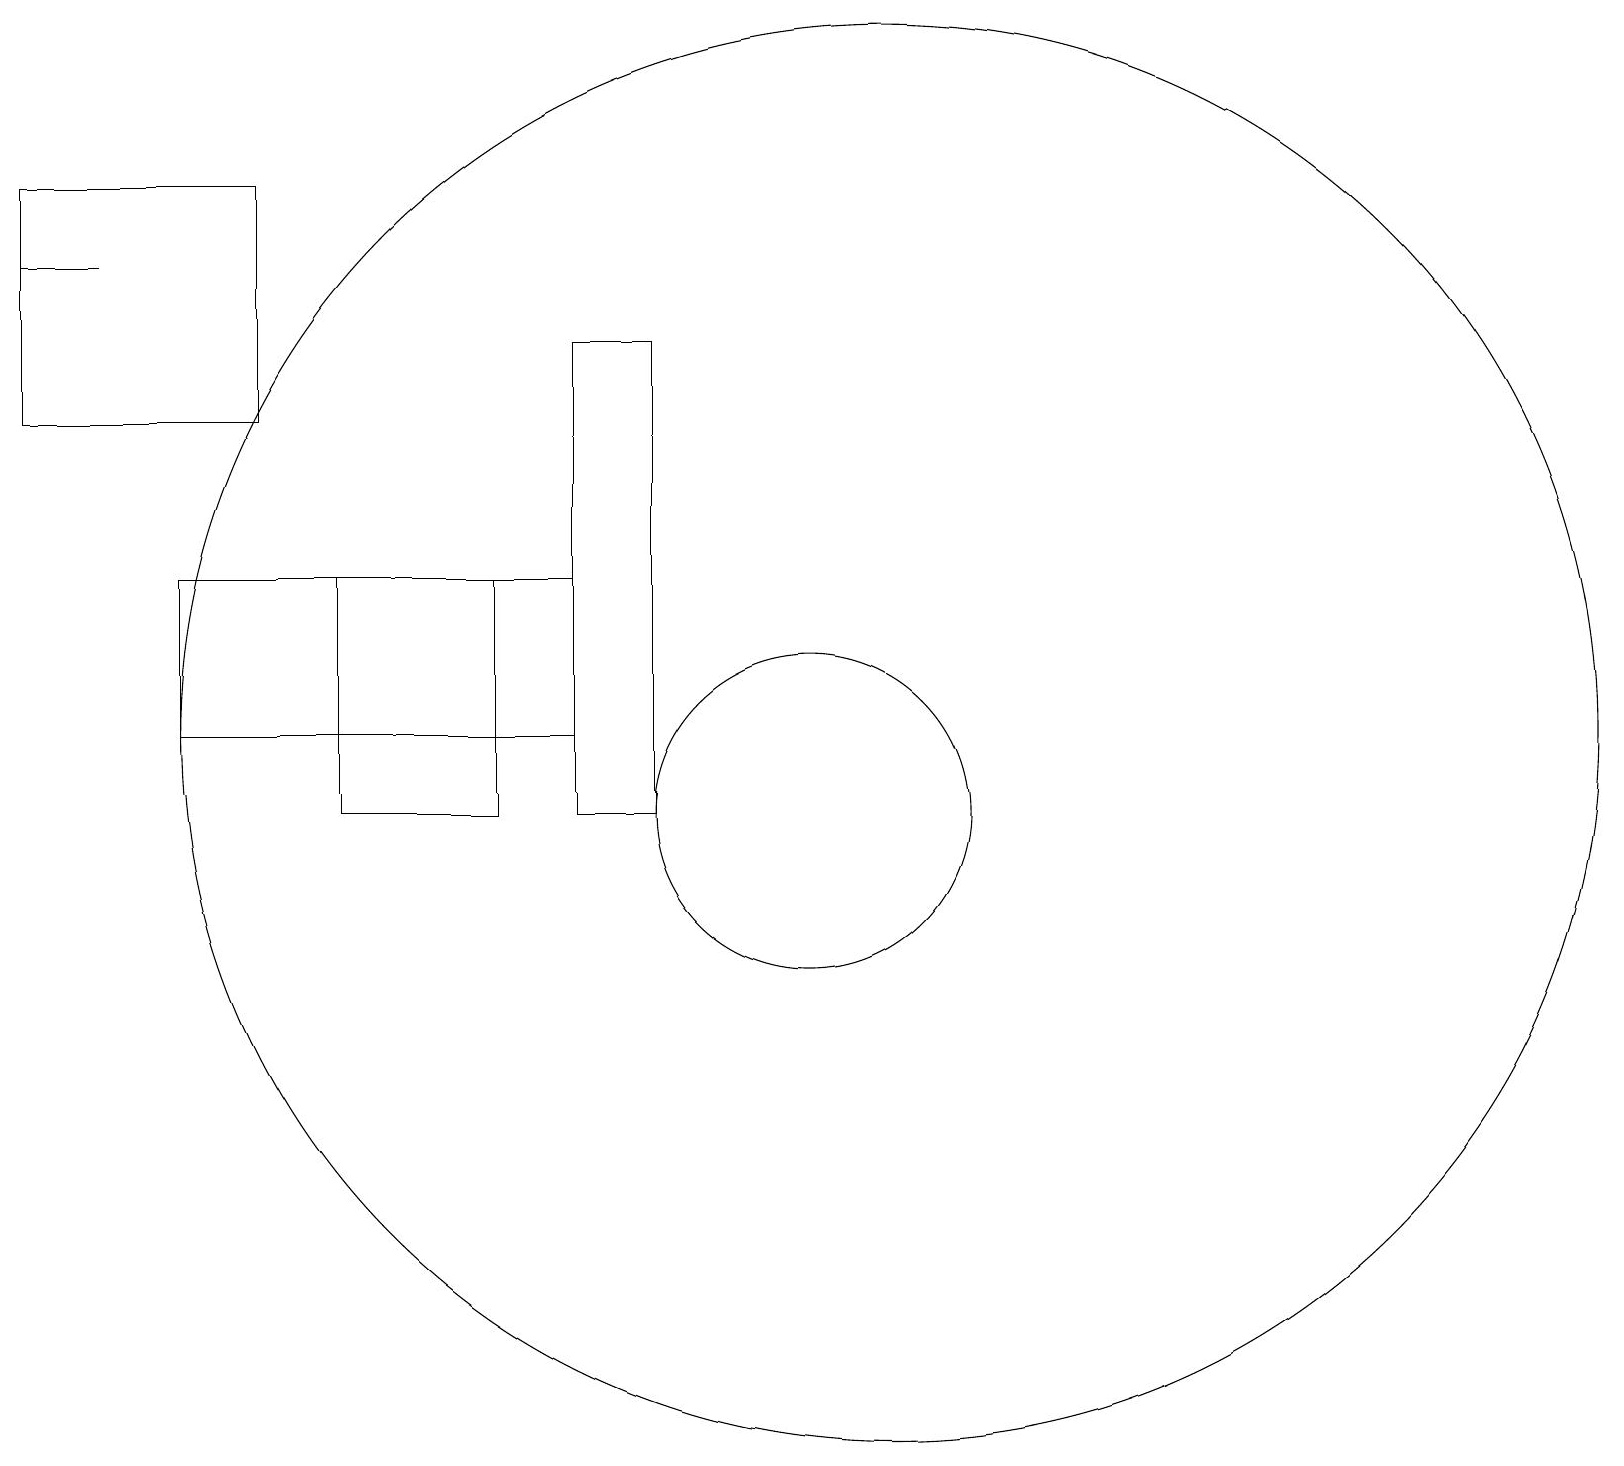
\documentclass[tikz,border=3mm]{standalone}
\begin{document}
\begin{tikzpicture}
\draw (12,12) circle (9);
\draw (5,11) rectangle (7,14);
\draw (11,11) circle (2);
\draw (2,18) rectangle (1,18);
\draw (8,14) rectangle (3,12);
\draw (9,11) rectangle (8,17);
\draw (1,19) rectangle (4,16);
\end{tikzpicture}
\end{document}